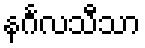
နင်္ဂလသီသာ